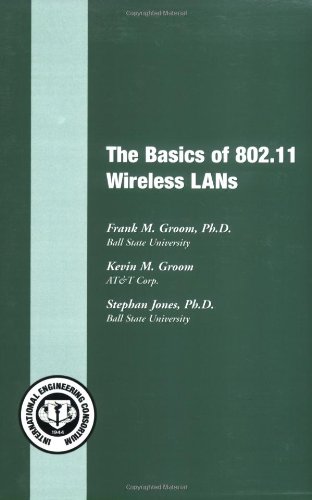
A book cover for The Basics of 802.11 Wireless LANs (Basics Books series); Frank M. Groom PhD; Computers & Technology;